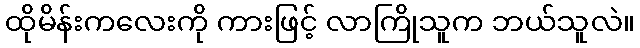
ထိုမိန်းကလေးကို ကားဖြင့် လာကြိုသူက ဘယ်သူလဲ။